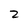
Character: 2